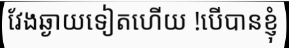
វែងឆ្ងាយទៀតហើយ !បើបានខ្ញុំ